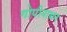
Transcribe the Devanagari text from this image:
गोपीनाथन